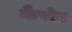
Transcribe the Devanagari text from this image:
कैपोट